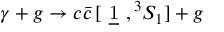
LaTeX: \gamma + g \to c \bar { c } \, [ \mathrm { ~ \underline { { { 1 } } } ~ } , { } ^ { 3 } S _ { 1 } ] + g